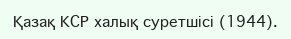
Қазақ КСР халық суретшісі (1944).